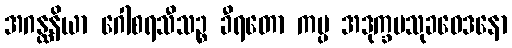
အဂန္ထနိယာ ဂေါစရသီသဉ္စ ခီရတော ကမ္ပ အဒုက္ခမသုခဝေဒနော